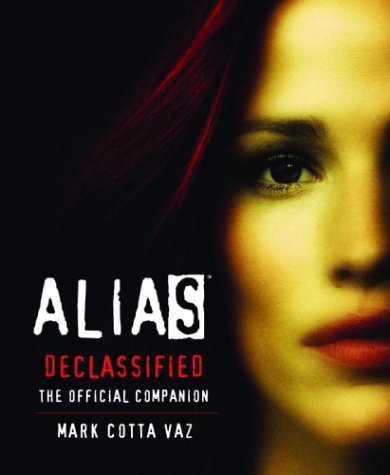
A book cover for Alias Declassified: The Official Companion (Book & DVD); Mark Cotta Vaz; Teen & Young Adult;